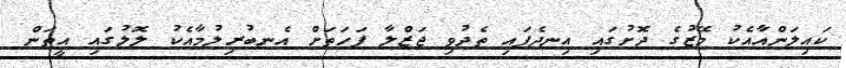
ކައިލަންއާއެކު މޭޒުގެ ދޮށުގައި އިނދެފައި ތެދުވި ޖަޒްލާ ފަހަތަށް އެނބުރިލުމާއެކު ލޮލުގައި އީތަން